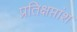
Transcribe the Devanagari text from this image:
प्रतिक्षप्तांश